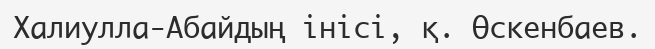
Халиулла-Абайдың інісі, қ. Өскенбаев.